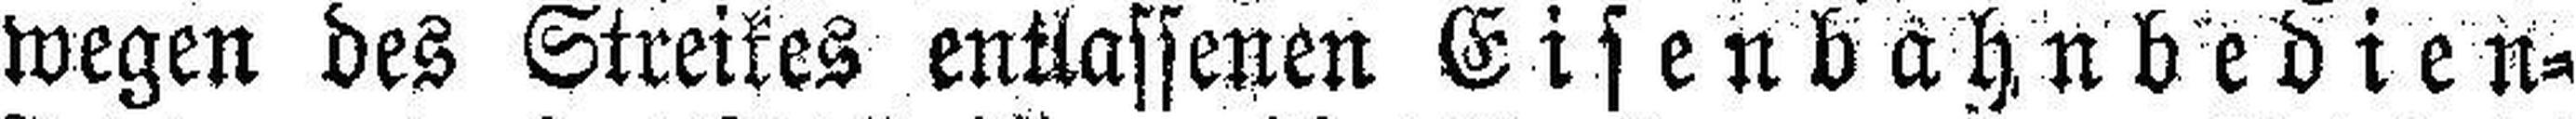
wegen des Streikes entlassenen Eisenbahnbedien¬